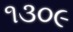
૧૩૦૯